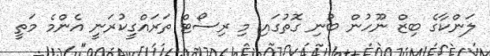
ލަންކާގެ ބިޒް ނޫހުން ބުނި ގޮތުގައި މި ރިސޯޓް ތަރައްގީކުރަނީ އެންމެ މަތީ